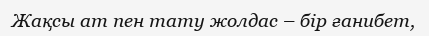
Жақсы ат пен тату жолдас – бір ғанибет,